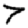
Digit: 7